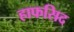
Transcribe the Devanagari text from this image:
हाफसिद